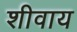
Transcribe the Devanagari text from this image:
शीवाय